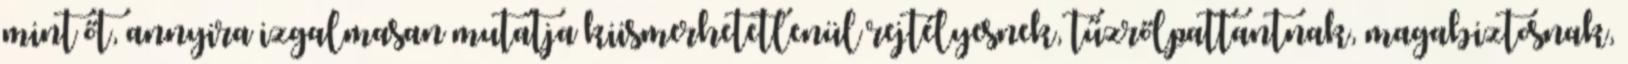
mint őt, annyira izgalmasan mutatja kiismerhetetlenül rejtélyesnek, tűzrőlpattantnak, magabiztosnak,